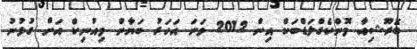
ބޮރޫޝިއާ މޮންކެގްލަޑްބަކް އިން 2012 ވަނަ އަހަރު ބަޔާން މިއުނިކް އަށް ގުޅުނު